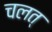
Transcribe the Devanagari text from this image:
चलत्